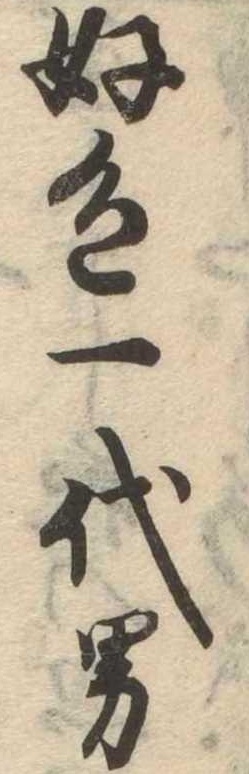
好色一代男